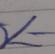
Signature authenticity: genuine